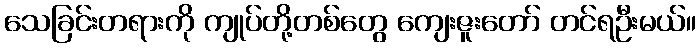
သေခြင်းတရားကို ကျုပ်တို့တစ်တွေ ကျေးဇူးတော် တင်ရဦးမယ်။